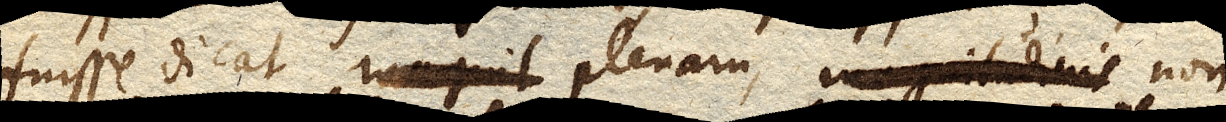
fuisse dicat plenam, non